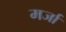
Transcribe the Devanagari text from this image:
मर्जा